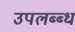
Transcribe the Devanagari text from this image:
उपलब्ब्ध